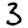
Digit: 3